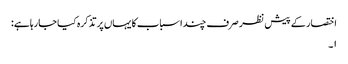
اختصار کے پیش نظر صرف چند اسباب کا یہاں پر تذکرہ کیا جارہا ہے:
۱۔